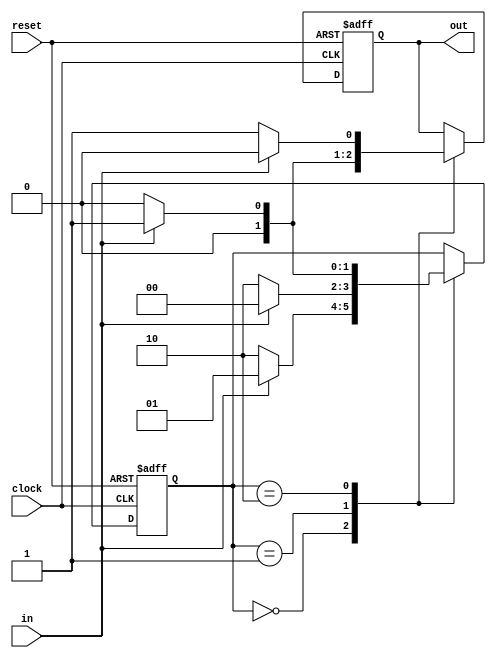
module Mealy(in, clock, reset, out);
  input in, clock, reset;
  output  out;
  reg [1:0]state;
  reg out;
  always @ (posedge clock or posedge reset)
    begin
      if(reset)
        begin
          state <= 2'b00;
          out <= 1'b0;
        end
      else
        begin
          case(state)
            2'b00:  
              begin
                if(in)
                  begin
                    state <= 2'b01;
                    out <= 1'b0;
                  end
                else
                  begin
                    state <= 2'b10;
                    out <= 1'b0;
                  end
              end
            2'b01:
              begin
                if(in)
                  begin
                    state <= 2'b00;
                    out <= 1'b1;
                  end
                else
                  begin
                    state <= 2'b10;
                    out <= 1'b0;
                  end
              end
            2'b10:
              begin
                if(in)
                  begin
                    state <= 2'b01;
                    out <= 1'b0;
                  end
                else
                  begin
                    state <= 2'b00;
                    out <= 1'b1;
                  end
              end
          endcase
        end
    end
endmodule

module MealyTestbench;
  reg clock, reset, in;
  wire  out;
  reg [15:0]sequence;
  integer i;
  Mealy mod(in, clock, reset, out);
  initial
    begin
      #0  clock = 1'b0; reset = 1'b1; sequence = 16'b0101011101110010;
      #5  reset = 1'b0;
      for(i=0; i<=15; i=i+1)
        begin
          in = sequence[i];
          #2  clock = 1'b1;
          #2  clock = 1'b0;
          $display("State = ", mod.state, ": Input = ", in, ", Output = ", out);
        end
        testing;
    end
    
    task testing;
      for(i=0; i<=15; i=i+1)
        begin
          in = $random % 2;
          #2  clock = 1'b1;
          #2  clock = 1'b0;
          $display("State = ", mod.state, ": Input = ", in, ", Output = ", out);
        end
    endtask
endmodule